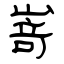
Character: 嵜